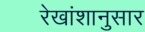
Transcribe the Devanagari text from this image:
रेखांशानुसार